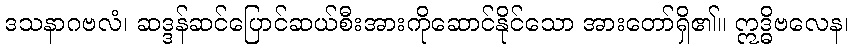
ဒသနာဂဗလံ၊ ဆဒ္ဒန်ဆင်ပြောင်ဆယ်စီးအားကိုဆောင်နိုင်သော အားတော်ရှိ၏။ ဣဒ္ဓိဗလေန၊